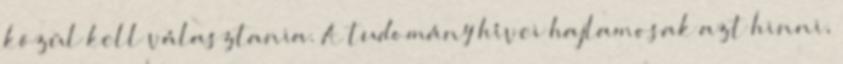
közül kell választania. A tudomány hívei hajlamosak azt hinni,